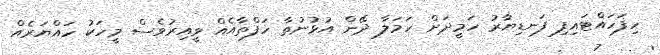
ހިފަހައްޓައިފި ފަނޑިޔާރު ހަމީދަށް ހަމަލާ ދޭން އުޅުނުތާ ހަފްތާއެއް ވީއިރުވެސް މީހަކު ހައްޔަރެއް